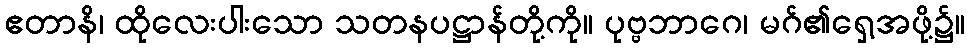
ဧတာနိ၊ ထိုလေးပါးသော သတနပဋ္ဌာန်တို့ကို။ ပုဗ္ဗဘာဂေ၊ မဂ်၏ရှေ့အဖို့၌။